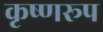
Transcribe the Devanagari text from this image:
कृष्णरूप